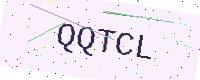
Text: QQTCL